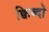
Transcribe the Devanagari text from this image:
क्विब्दो